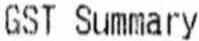
GST SUMMARY